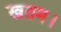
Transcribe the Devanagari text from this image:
खतम।